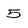
Character: 5